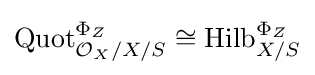
{\text{Quot}}_{{\mathcal {O}}_{X}/X/S}^{\Phi _{Z}}\cong {\text{Hilb}}_{X/S}^{\Phi _{Z}}